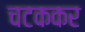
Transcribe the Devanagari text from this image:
चटककर